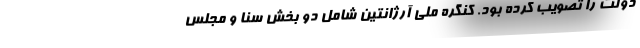
دولت را تصویب کرده بود. کنگره ملی آرژانتین شامل دو بخش سنا و مجلس